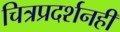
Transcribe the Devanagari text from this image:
चित्रप्रदर्शनही